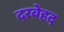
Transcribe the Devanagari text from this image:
दरबेहद